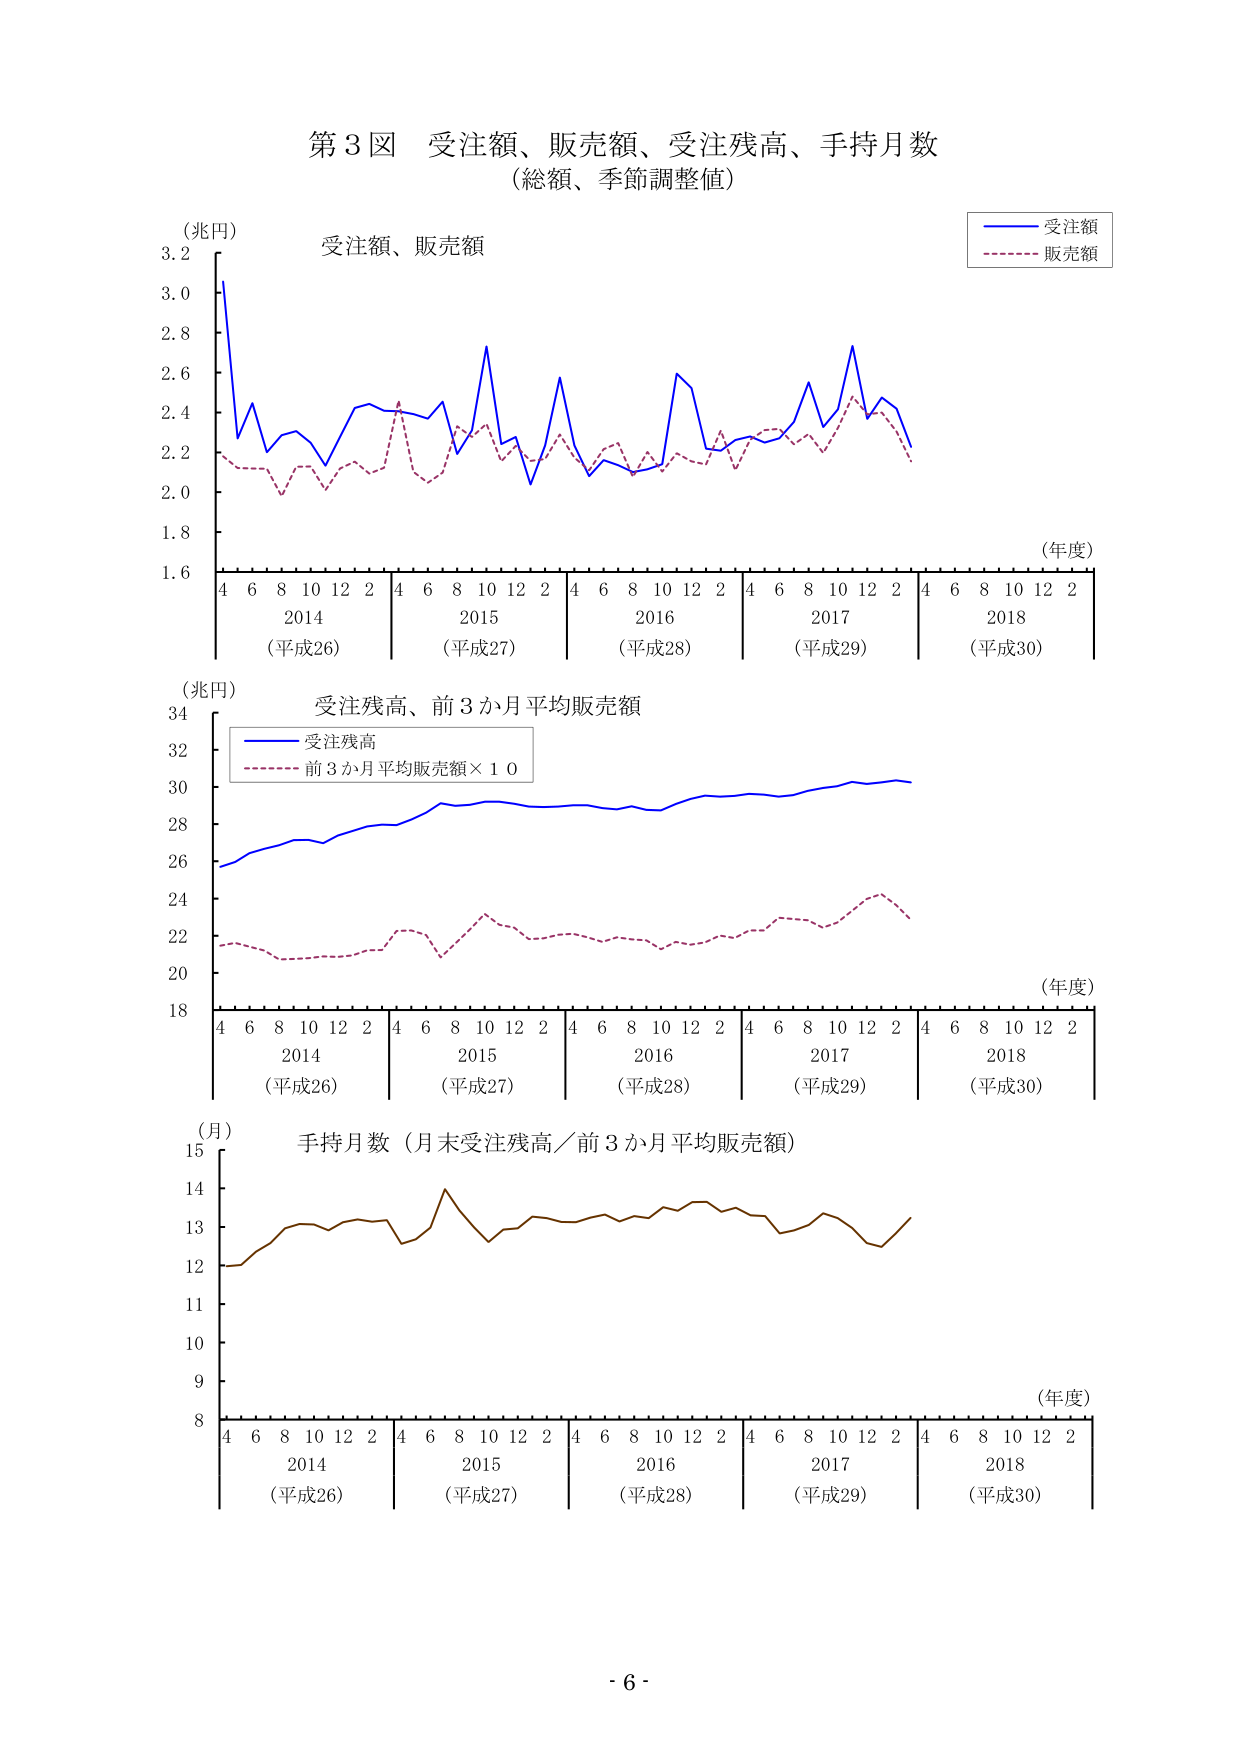
第3図 受注額、販売額、受注残高、手持月数
（総額、季節調整値）

（兆円）
受注額、販売額
（年度）
4 6 8 10 12 2 4 6 8 10 12 2 4 6 8 10 12 2 4 6 8 10 12 2 4 6 8 10 12 2
2014 （平成26） 2015 （平成27） 2016 （平成28） 2017 （平成29） 2018 （平成30）
1.6 1.8 2.0 2.2 2.4 2.6 2.8 3.0 3.2

（兆円）
受注残高、前3か月平均販売額
（年度）
4 6 8 10 12 2 4 6 8 10 12 2 4 6 8 10 12 2 4 6 8 10 12 2 4 6 8 10 12 2
2014 （平成26） 2015 （平成27） 2016 （平成28） 2017 （平成29） 2018 （平成30）
18 20 22 24 26 28 30 32 34

（月）
手持月数（月末受注残高／前3か月平均販売額）
（年度）
4 6 8 10 12 2 4 6 8 10 12 2 4 6 8 10 12 2 4 6 8 10 12 2 4 6 8 10 12 2
2014 （平成26） 2015 （平成27） 2016 （平成28） 2017 （平成29） 2018 （平成30）
8 9 10 11 12 13 14 15

- 6 -